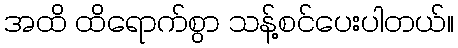
အထိ ထိရောက်စွာ သန့်စင်ပေးပါတယ်။